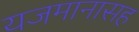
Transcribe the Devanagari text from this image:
यजमानासह